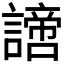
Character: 𧬍